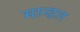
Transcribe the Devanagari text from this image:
मान्डल